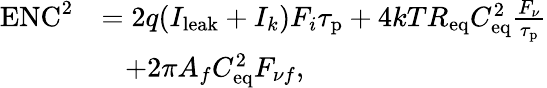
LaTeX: \begin{array}{rl}{\mathrm{ENC}^{2}}&{=2q(I_{\mathrm{leak}}+I_{k})F_{i}\tau_{\mathrm{p}}+4kTR_{\mathrm{eq}}C_{\mathrm{eq}}^{2}\frac{F_{\nu}}{\tau_{\mathrm{p}}}}\\ &{\; \; \; +2\pi A_{f}C_{\mathrm{eq}}^{2}F_{\nu f},}\end{array}